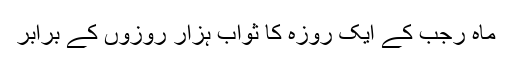
ماہِ رجب کے ایک روزہ کا ثواب ہزار روزوں کے برابر